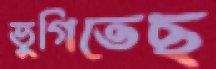
ভুগিতেছ